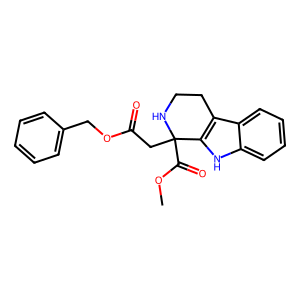
SMILES: COC(=O)C1(CC(=O)OCc2ccccc2)NCCc2c1[nH]c1ccccc21
Inhibits HIV replication: No